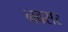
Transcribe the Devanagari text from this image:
नवसर